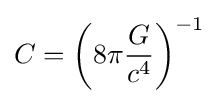
C=\left(8\pi {G \over {c^{4}}}\right)^{-1}